Indian journal of veterinary science and animal husbandry - Volumes 22-23, 1952-1953
Year: 1952
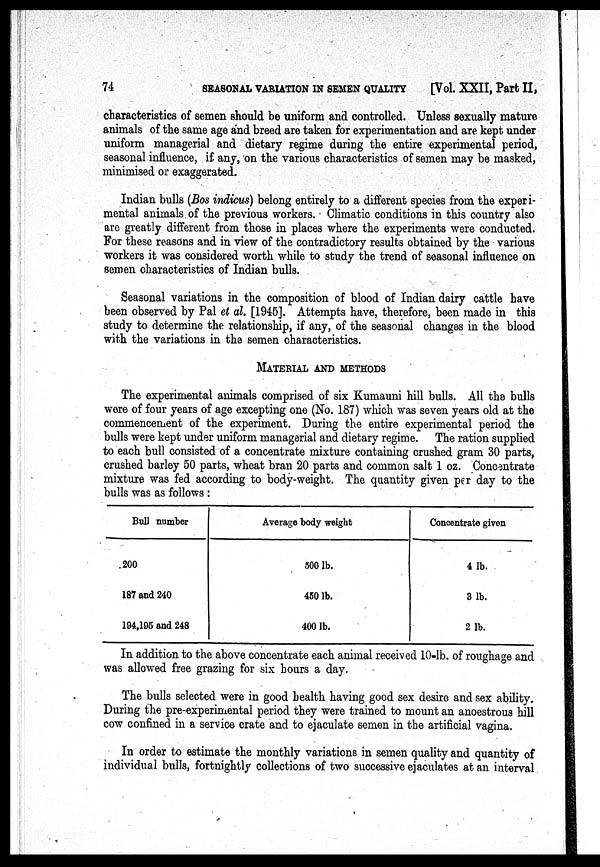
74
SEASONAL VARIATION IN SEMEN QUALITY
[Vol. XXII, Part II,
characteristics of semen should be uniform and controlled. Unless sexually mature
animals of the same age and breed are taken for experimentation and are kept under
uniform managerial and dietary regime during the entire experimental period,
seasonal influence, if any, on the various characteristics of semen may be masked,
minimised or exaggerated.
Indian bulls (Bos indicus) belong entirely to a different species from the experi-
mental animals of the previous workers. - Climatic conditions in this country also
are greatly different from those in places where the experiments were conducted.
For these reasons and in view of the contradictory results obtained by the various
workers it was considered worth while to study the trend of seasonal influence on
semen characteristics of Indian bulls.
Seasonal variations in the composition of blood of Indian dairy cattle have
been observed by Pal et al. [1945]. Attempts have, therefore, been made in this
study to determine the relationship, if any, of the seasonal changes in the blood
with the variations in the semen characteristics.
MATERIAL AND METHODS
The experimental animals comprised of six Kumauni hill bulls. All the bulls
were of four years of age excepting one (No. 187) which was seven years old at the
commencement of the experiment. During the entire experimental period the
bulls were kept under uniform managerial and dietary regime. The ration supplied
to each bull consisted of a concentrate mixture containing crushed gram 30 parts,
crushed barley 50 parts, wheat bran 20 parts and common salt 1 oz. Concentrate
mixture was fed according to body-weight. The quantity given per day to the
bulls was as follows:
Bull number
.200
187 and 240
194,195 and 248
Average body weight
500 lb.
450 lb.
400 lb.
Concentrate given
4 1b.
3 lb.
2 1b.
In addition to the above concentrate each animal received 10-lb. of roughage and
was allowed free grazing for six hours a day.
The bulls selected were in good health having good sex desire and sex ability.
During the pre-experimental period they were trained to mount an anoestrous hill
cow confined in a service crate and to ejaculate semen in the artificial vagina.
In order to estimate the monthly variations in semen quality and quantity of
individual bulls, fortnightly collections of two successive ejaculates at an interval